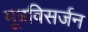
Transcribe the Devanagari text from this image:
मूत्रविसर्जन